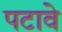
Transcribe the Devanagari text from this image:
पटावे